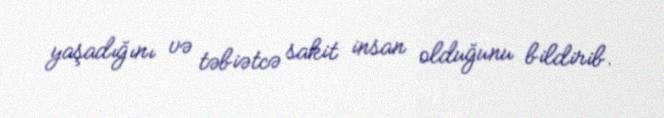
yaşadığını və təbiətcə sakit insan olduğunu bildirib.